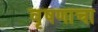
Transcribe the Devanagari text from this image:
वृषणाचा